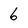
Character: 6